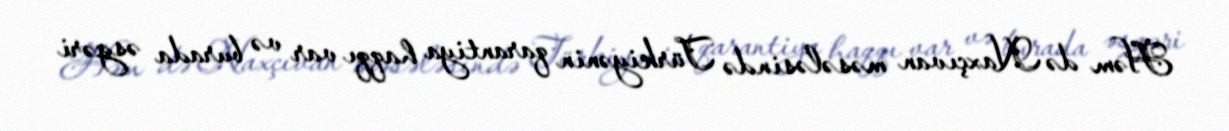
Həm də Naxçıvan məsələsində Türkiyənin qarantiya haqqı var və burada əsgəri